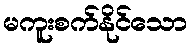
မကူးစက်နိုင်သော